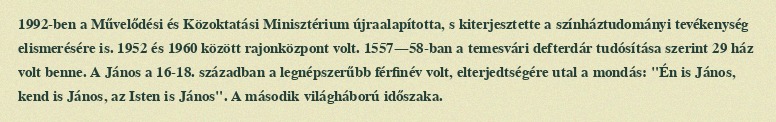
1992-ben a Művelődési és Közoktatási Minisztérium újraalapította, s kiterjesztette a színháztudományi tevékenység elismerésére is. 1952 és 1960 között rajonközpont volt. 1557—58-ban a temesvári defterdár tudósítása szerint 29 ház volt benne. A János a 16-18. században a legnépszerűbb férfinév volt, elterjedtségére utal a mondás: "Én is János, kend is János, az Isten is János". A második világháború időszaka.